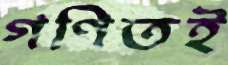
গণিতই